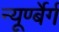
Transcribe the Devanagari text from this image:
न्यूर्ण्बेर्ग